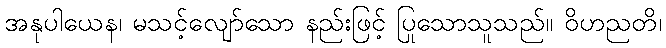
အနုပါယေန၊ မသင့်လျော်သော နည်းဖြင့် ပြုသောသူသည်။ ဝိဟညတိ၊